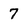
Character: 7